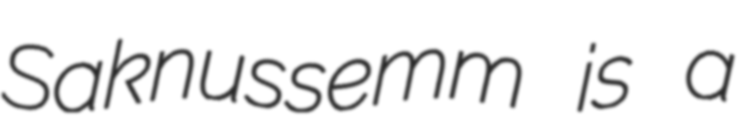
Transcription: Saknussemm is a